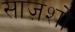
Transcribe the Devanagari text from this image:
साज़शों